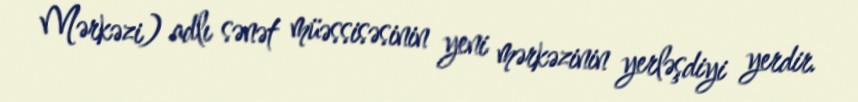
Mərkəzi) adlı sənət müəssisəsinin yeni mərkəzinin yerləşdiyi yerdir.